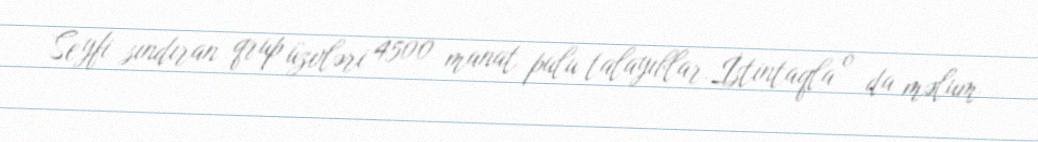
Seyfi sındıran qrup üzvləri 4500 manat pulu talayıblar.İstintaqla o da məlum